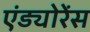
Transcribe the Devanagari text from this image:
एंड्योरेंस